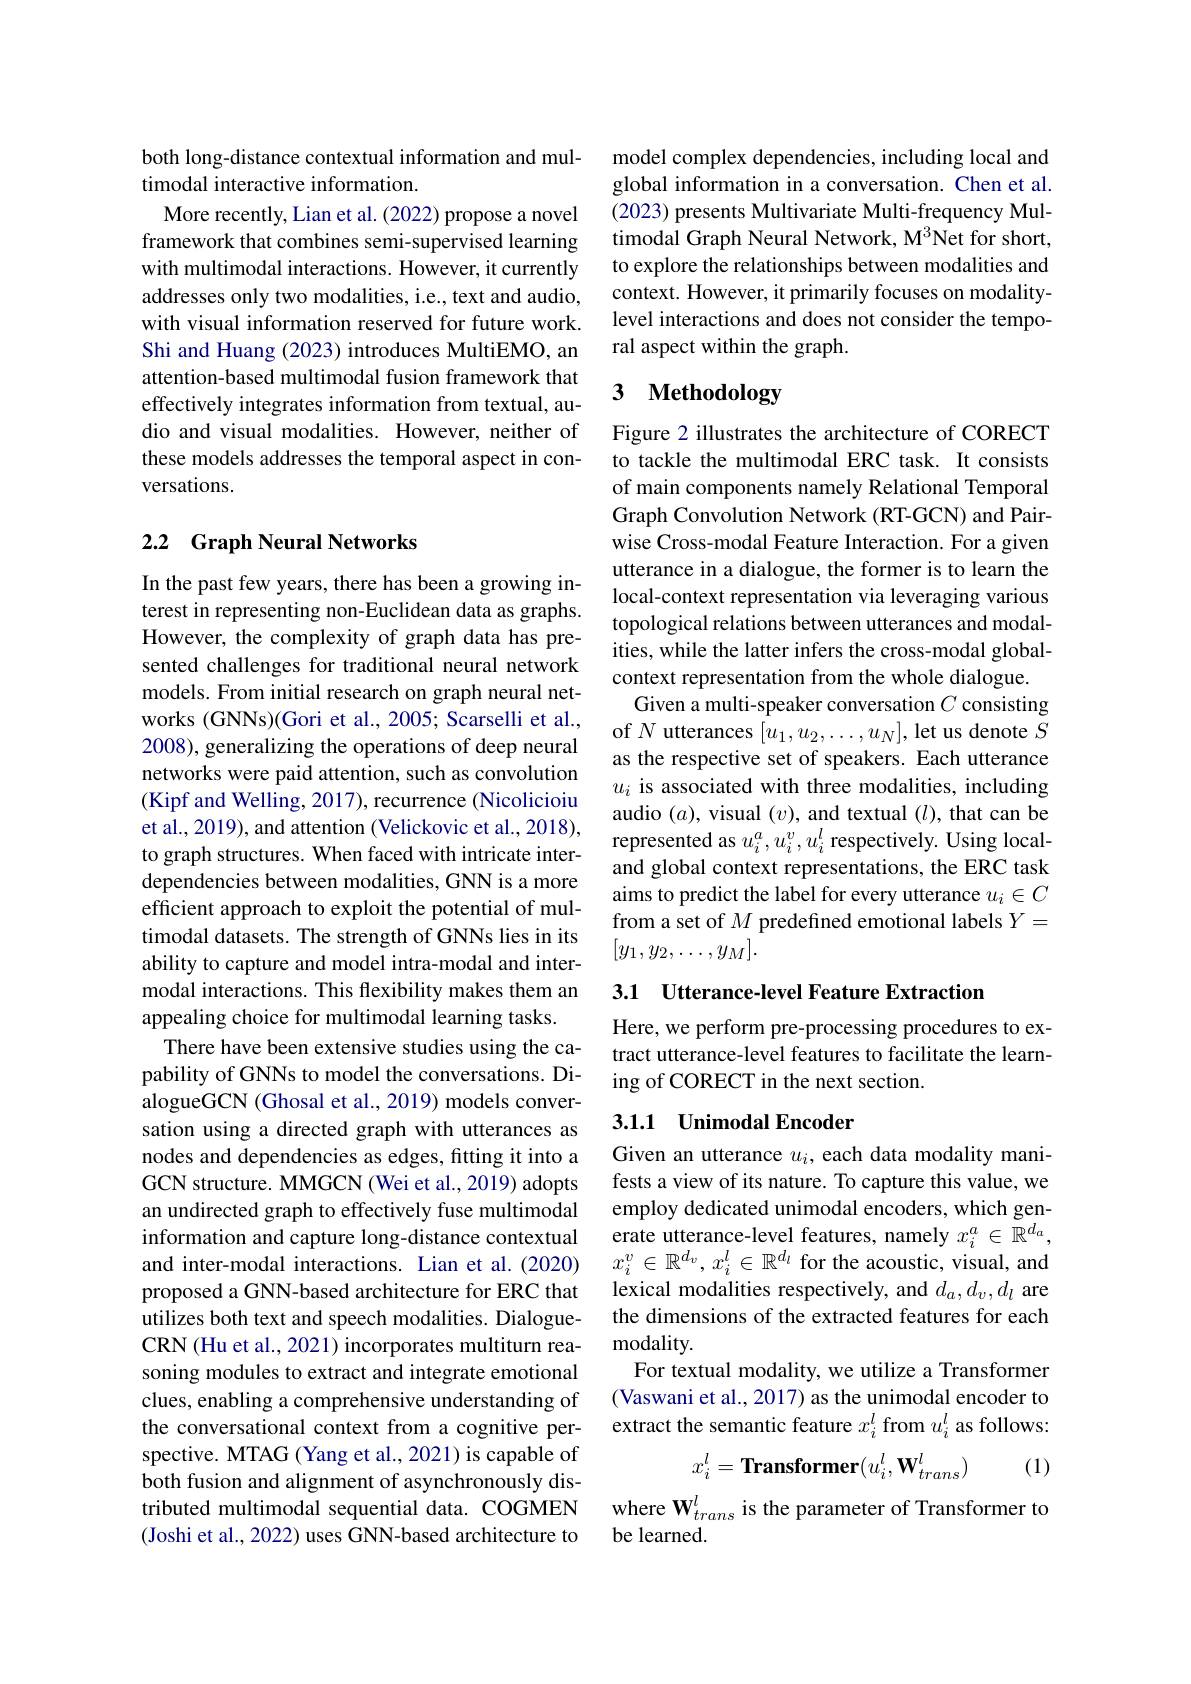
both long-distance contextual information and mul-
timodal interactive information.
More recently, Lian et al. (2022) propose a novel framework that combines semi-supervised learning with multimodal interactions. However, it currently addresses only two modalities, i.e., text and audio, with visual information reserved for future work. Shi and Huang (2023) introduces MultiEMO, an attention-based multimodal fusion framework that effectively integrates information from textual, audio and visual modalities. However, neither of these models addresses the temporal aspect in conversations.

## 2.2 Graph Neural Networks

In the past few years, there has been a growing interest in representing non-Euclidean data as graphs. However, the complexity of graph data has presented challenges for traditional neural network models. From initial research on graph neural networks (GNNs)(Gori et al., 2005; Scarselli et al., 2008), generalizing the operations of deep neural networks were paid attention, such as convolution (Kipf and Welling, 2017), recurrence (Nicolicioiu et al., 2019), and attention (Velickovic et al., 2018), to graph structures. When faced with intricate interdependencies between modalities, GNN is a more efficient approach to exploit the potential of multimodal datasets. The strength of GNNs lies in its ability to capture and model intra-modal and intermodal interactions. This flexibility makes them an appealing choice for multimodal learning tasks.
There have been extensive studies using the capability of GNNs to model the conversations. DialogueGCN (Ghosal et al., 2019) models conversation using a directed graph with utterances as nodes and dependencies as edges, fitting it into a GCN structure. MMGCN (Wei et al., 2019) adopts an undirected graph to effectively fuse multimodal information and capture long-distance contextual and inter-modal interactions. Lian et al.(2020) proposed a GNN-based architecture for ERC that utilizes both text and speech modalities. DialogueCRN (Hu et al., 2021) incorporates multiturn reasoning modules to extract and integrate emotional clues, enabling a comprehensive understanding of the conversational context from a cognitive perspective. MTAG (Yang et al.,2021) is capable of both fusion and alignment of asynchronously distributed multimodal sequential data. COGMEN (Joshi et al., 2022) uses GNN-based architecture to

model complex dependencies, including local and global information in a conversation. Chen et al. (2023) presents Multivariate Multi-frequency Multimodal Graph Neural Network, M$^{3}$Net for short, to explore the relationships between modalities and context. However, it primarily focuses on modalitylevel interactions and does not consider the temporal aspect within the graph.

# 3 Methodology

Figure 2 illustrates the architecture of CORECT to tackle the multimodal ERC task. It consists of main components namely Relational Temporal Graph Convolution Network (RT-GCN) and Pairwise Cross-modal Feature Interaction. For a given utterance in a dialogue, the former is to learn the local-context representation via leveraging various topological relations between utterances and modalities, while the latter infers the cross-modal globalcontext representation from the whole dialogue.
Given a multi-speaker conversation $C$ consisting of $N$ utterances $[u_1,u_2,\ldots,u_N]$, let us denote $S$ as the respective set of speakers. Each utterance $u_i$ is associated with three modalities, including audio $(a)$, visual $(v)$, and textual $(l)$, that can be represented as $u_i^a,u_i^v,u_i^l$ respectively. Using localand global context representations, the ERC task aims to predict the label for every utterance $u_i\in C$ from a set of $M$ predefined emotional labels $Y=$ $[y_1,y_2,\ldots,y_M].$

## 3.1 Utterance-level Feature Extraction

Here, we perform pre-processing procedures to extract utterance-level features to facilitate the learning of CORECT in the next section.

## 3.1.1 Unimodal Encoder

Given an utterance $u_i$, each data modality manifests a view of its nature. To capture this value, we employ dedicated unimodal encoders, which generate utterance-level features, namely $x_i^a\in\mathbb{R}^{d_a}$, $x_i^v\in\mathbb{R}^{d_v},x_i^l\in\mathbb{R}^{d_l}$ for the acoustic, visual, and lexical modalities respectively, and $d_a,d_v,d_l$ are the dimensions of the extracted features for each modality.
For textual modality, we utilize a Transformer (Vaswani et al., 2017) as the unimodal encoder to extract the semantic feature $x_i^l$ from $u_i^l$ as follows:
$$x_i^l=\textbf{Transformer}(u_i^l,\mathbf{W}_{trans}^l)$$
(1)

where W$_trans$ is the parameter of Transformer to
be learned.